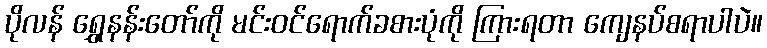
ပိုလန် ရွှေနန်းတော်ကို မင်းဝင်ရောက်ခစားပုံကို ကြားရတာ ကျေနပ်စရာပါပဲ။